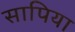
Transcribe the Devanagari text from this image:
सापिया